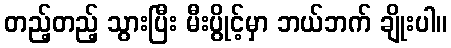
တည့်တည့် သွားပြီး မီးပွိုင့်မှာ ဘယ်ဘက် ချိုးပါ။